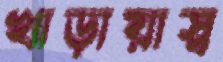
খাড়ায়াস্ব